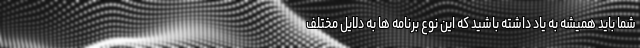
شما باید همیشه به یاد داشته باشید که این نوع برنامه ها به دلایل مختلف